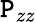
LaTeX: \mathtt{P}_{zz}